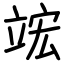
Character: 竤